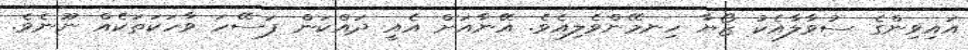
އައިވިންގެ ސުވާލާއެކު ޒޯޔާ ހިނމޭންވެލިއެވެ. އޭނާއަށް އެއީ ދައްކަން ފަސޭހަ ވާހަކަތަކެއް ނޫނެވެ.